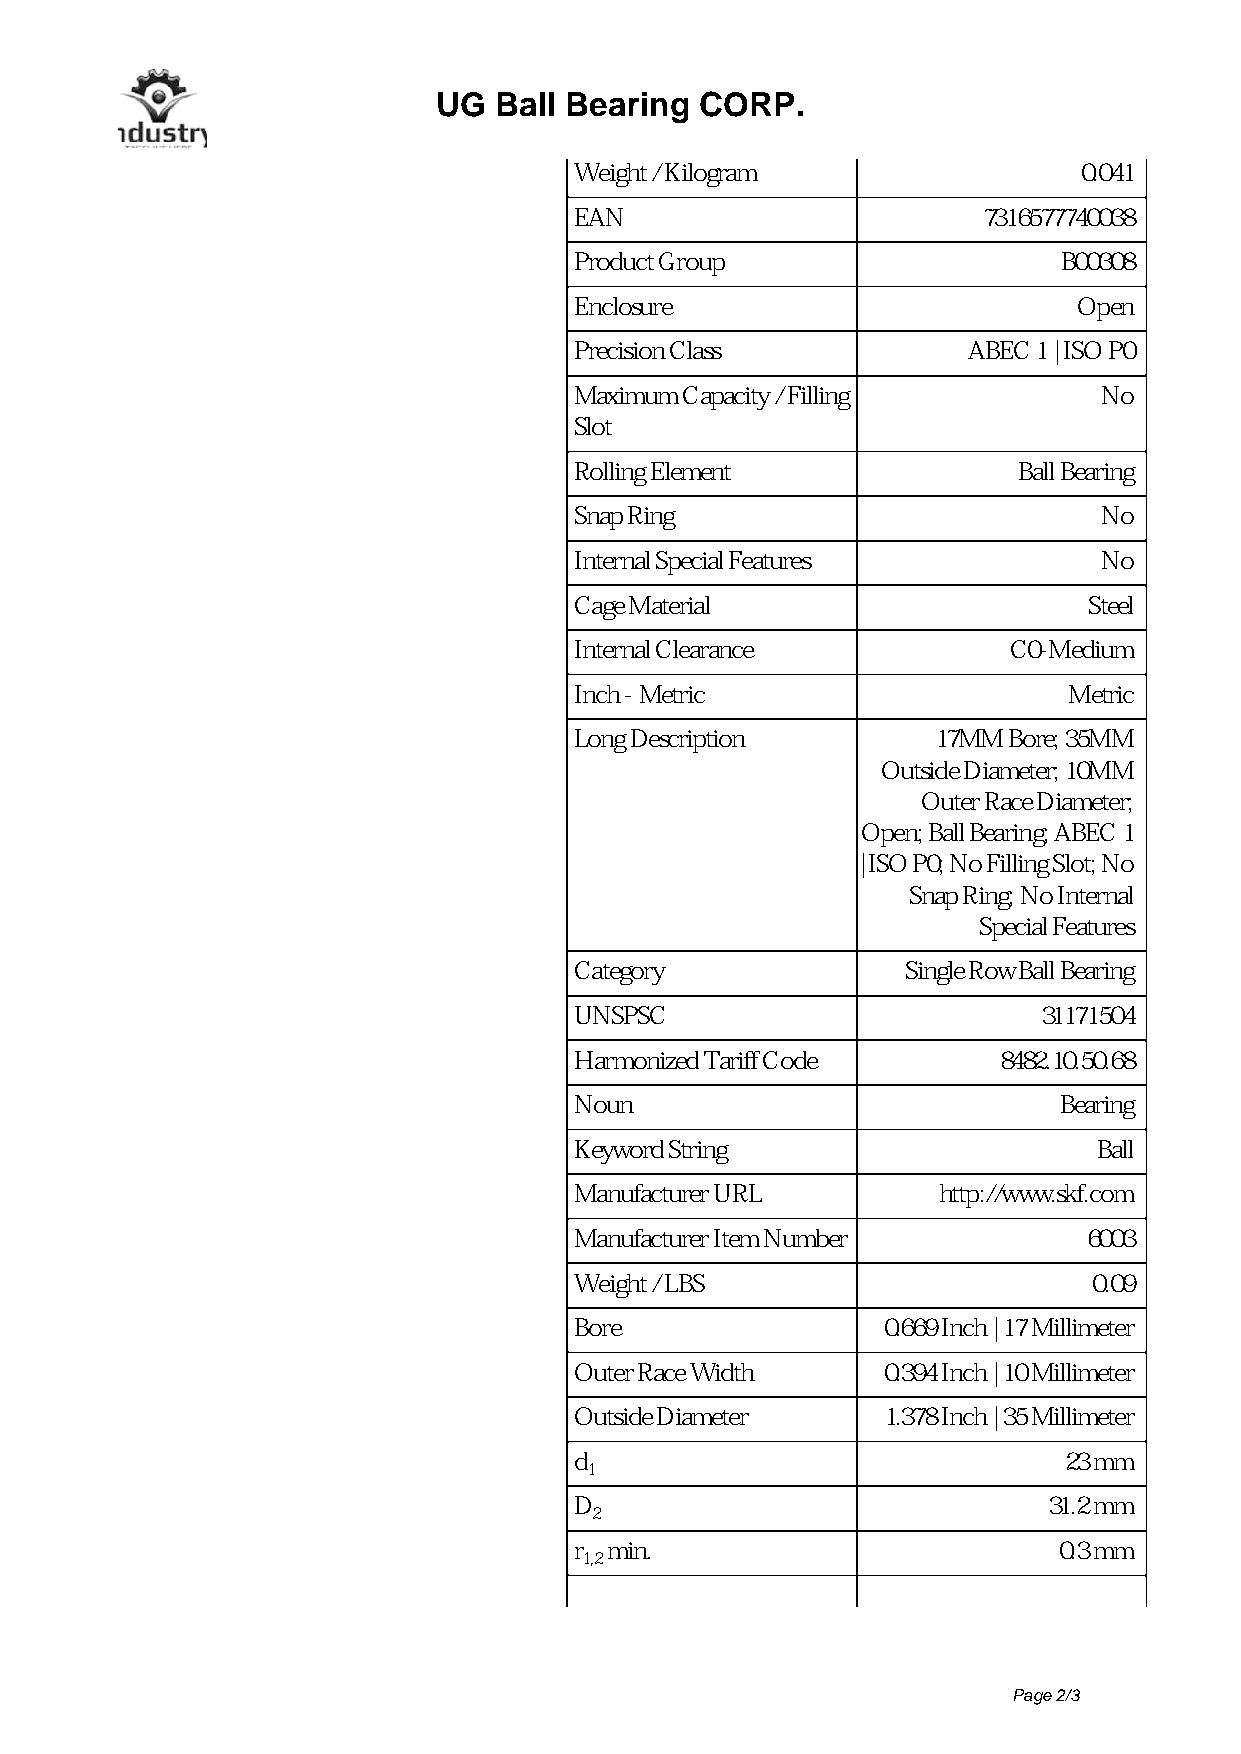
UG  Ball Bearing CORP.
 Weight / Kilogram                 0.041
 EAN                        7316577740038
 Product Group                   B00308
 Enclosure                        Open
 Precision Class           ABEC 1 | ISO P0
 Maximum Capacity / Filling         No
 Slot
 Rolling Element              Ball Bearing
 Snap Ring                          No
 Internal Special Features          No
 Cage Material                     Steel
 Internal Clearance           C0-Medium
 Inch - Metric                    Metric
 Long Description        17MM Bore; 35MM
 Outside Diameter; 10MM
 Outer Race Diameter;
 Open; Ball Bearing; ABEC 1
 | ISO P0; No Filling Slot; No
 Snap Ring; No Internal
 Special Features
 Category              Single Row Ball Bearing
 UNSPSC                         31171504
 Harmonized Tariff Code      8482.10.50.68
 Noun                            Bearing
 Keyword String                     Ball
 Manufacturer URL        http://www.skf.com
 Manufacturer Item Number          6003
 Weight / LBS                      0.09
 Bore                0.669 Inch | 17 Millimeter
 Outer Race Width    0.394 Inch | 10 Millimeter
 Outside Diameter    1.378 Inch | 35 Millimeter
 d ≈                             23 mm
 1
 D ≈                            31.2 mm
 2
 r min.                          0.3 mm
 1,2
 Page 2/3